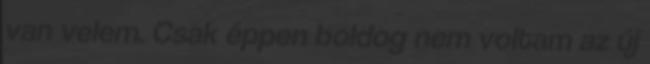
van velem. Csak éppen boldog nem voltam az új